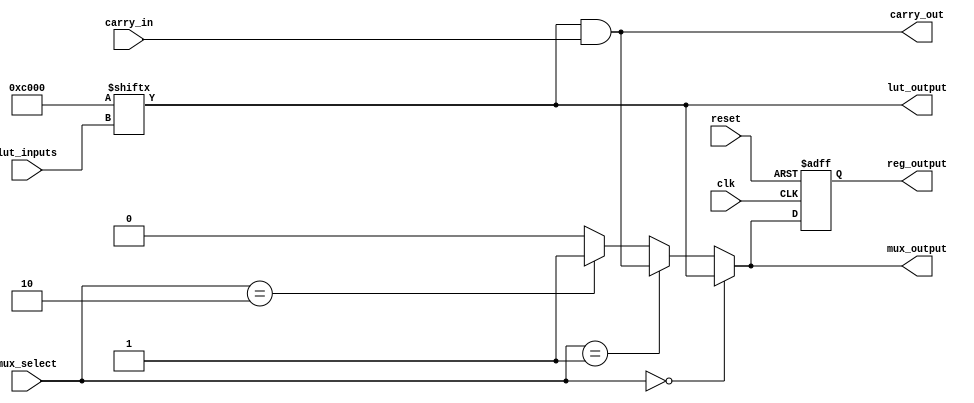
module CLB (
    input wire [3:0] lut_inputs,      // Inputs to the LUT
    input wire [3:0] mux_select,      // Select lines for the MUX
    input wire carry_in,               // Carry input for arithmetic operations
    input wire clk,                    // Clock for the register
    input wire reset,                  // Reset signal for the register
    output wire lut_output,            // Output from the LUT
    output wire mux_output,            // Output from the MUX
    output wire carry_out,             // Carry output
    output reg reg_output              // Output from the register
);

    // Configuration memory for LUT (4-input LUT)
    reg [15:0] lut_memory; // 2^4 = 16 possible combinations for 4 inputs

    // Initialize LUT memory with a sample truth table (example: AND function)
    initial begin
        lut_memory = 16'b0000000000000000; // Initialize to 0
        lut_memory[15] = 1; // Example: LUT output for 1111
        lut_memory[14] = 1; // Example: LUT output for 1110
        // Add more configurations as needed
    end

    // LUT logic
    assign lut_output = lut_memory[lut_inputs];

    // MUX logic (4-to-1 MUX)
    assign mux_output = (mux_select == 4'b0000) ? lut_output :
                        (mux_select == 4'b0001) ? carry_out :
                        (mux_select == 4'b0010) ? 1'b1 : // Example constant input
                        (mux_select == 4'b0011) ? 1'b0 : // Example constant input
                        1'b0; // Default case

    // Carry chain logic (simple example)
    assign carry_out = lut_output & carry_in; // Example: AND operation for carry

    // Register logic
    always @(posedge clk or posedge reset) begin
        if (reset) begin
            reg_output <= 1'b0; // Reset output
        end else begin
            reg_output <= mux_output; // Store MUX output in register
        end
    end

endmodule